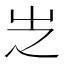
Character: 㞫